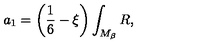
a _ { 1 } = \left( \frac 1 6 - \xi \right) \int _ { M _ { \beta } } R ,